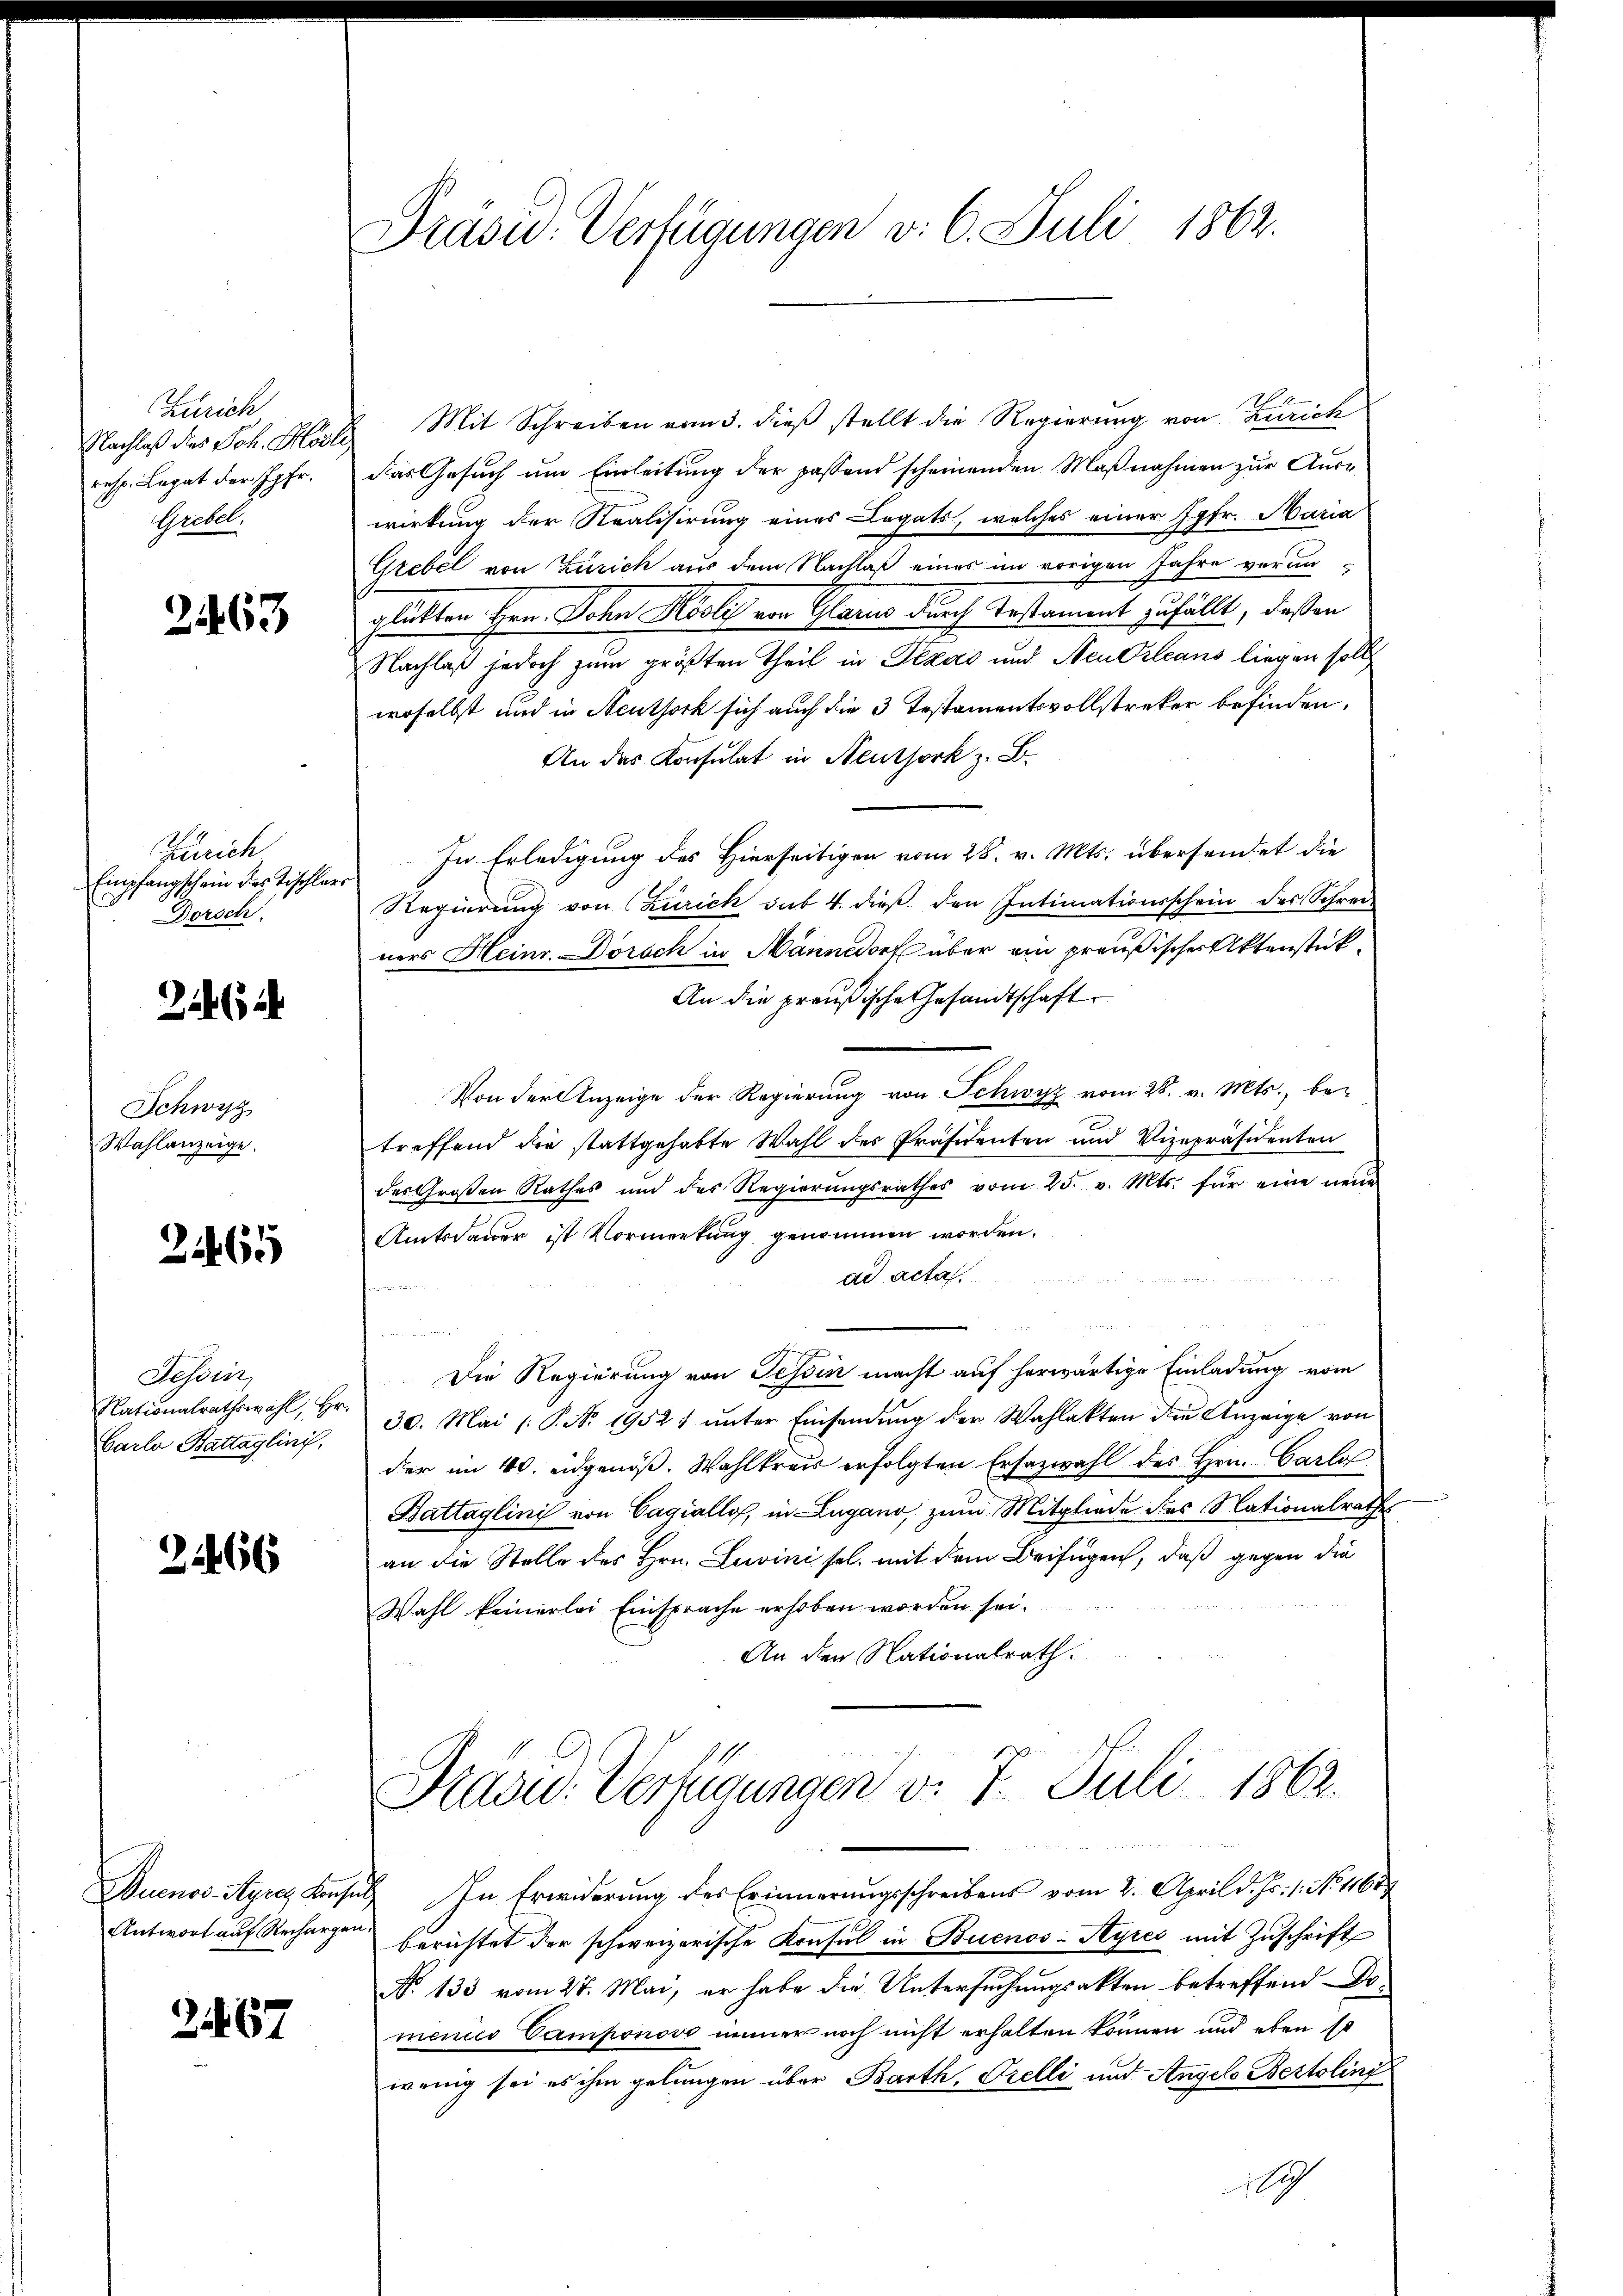
Zürich
Nachlaß dies Joh. Klös
resp. Legat der Jgfr.
Grebel,

2463

Zürich
Empfangschein des Tischler
.
Dorsch

26

Schwyz
Wahlanzeige.

2465

Tessin
Nationalrathswahl, Hr.
Carlo Battaglini

2466

Antwort auf Rechargen.

2467

Präsu- Verfügungen v. 6. Juli 1862.

2 Mit Schreiben vom 3. dieß stellt die Regierung von Zürich
Das Gesuch um Einleitung der passend scheinenden Maßnahmen zur Auswirkung der Stralisirung eines Legats, welches einer Jgfr. Maria
Grebel von Zürich aus dem Nachlaß eines im vorigen Jahre veranglükten Hrn. John Kösli von Glarus durch Testament zufällt, deßen
Nachlaß jedoch zum größten Theil in Texas und Neu Orleans liegen sollt
woselbst und in Neuthork sich auch die 3 Testamentsvollstreker befinden.
An das Konsulat in Neuthork z. B.
In Erledigung des Hierseitigen vom 28. v. Mts. übersendet die
Regierung von Zürich sub 4. dieß den Intimationsschein des Schreiz
ners Heinr. Dorsch in Männedorf über ein preußischer Aktenstück¬
An die preußische Gesandtschaft
Von der Anzeige der Regierung von Schwyz vom 28. v. Mts., betreffend die stattgehabte Wahl des Präsidenten und Vizepräsidenten
des Großen Rathes und des Regierŭngsrathes vom 25. v. Mts. für eine neŭe
Amtsdauer ist Vormerkung genommen worden.
ad acta
n
Die Regierung von Tessin macht auf herwärtige Einladung vom
30. Mai /: P. Nr. 19521 ŭnter Einsendŭng der Wahlakten die Anzeige von
der im 10. eidgenöß. Wahlkreis erfolgten Ersazwahl des Hrn. Carlo
Battaglini von Cagially, in Lugano, zum Mitgliede des Nationalrathes
an die Stelle des Hrn. Luvini sel. mit dem Beifügen, daß gegen die
Wahl keinerlei Einsprache erhoben worden sei.
An den Nationalrath.
Frasid. Vertigungen v. 7. Juli 1862.
Duenos-Ayres Konsul In Erwiderung des Erinnerungsschreibens vom 2. April d. Js. 1. No 1168
berichtet der schweizerische Konsul in Buenos-Ayres mit Zuschrift
No 133 vom 27. Mai, er habe die Untersuchungsakten betreffend Domenico Camponovo immer noch nicht erhalten können und eben so
wenig sei es ihm gelungen über Barth. Orelli und Angels Bestoling
1